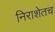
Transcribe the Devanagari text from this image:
निराशेतच